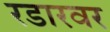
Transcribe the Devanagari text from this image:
रडारवर